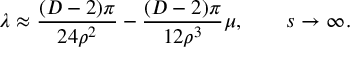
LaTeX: \lambda \approx \frac { ( D - 2 ) \pi } { 2 4 \rho ^ { 2 } } - \frac { ( D - 2 ) \pi } { 1 2 \rho ^ { 3 } } \mu , \qquad s \rightarrow \infty .